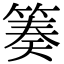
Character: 𥯪